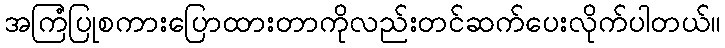
အကြံပြုစကားပြောထားတာကိုလည်းတင်ဆက်ပေးလိုက်ပါတယ်။